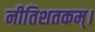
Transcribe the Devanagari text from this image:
नीतिशतकम्।